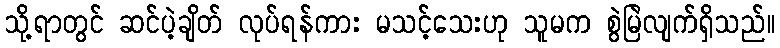
သို့ရာတွင် ဆင်ပဲ့ချိတ် လုပ်ရန်ကား မသင့်သေးဟု သူမက စွဲမြဲလျက်ရှိသည်။